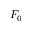
F _ { 0 }